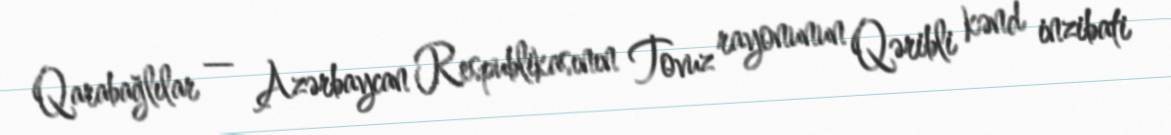
Qarabağlılar — Azərbaycan Respublikasının Tovuz rayonunun Qəribli kənd inzibati